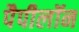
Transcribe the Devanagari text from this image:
पैपीलॉन